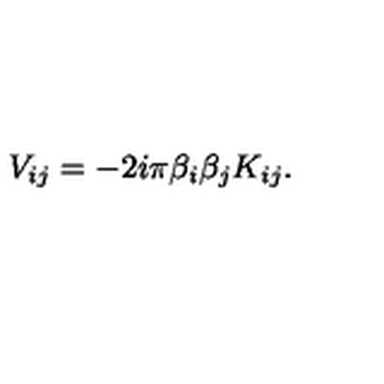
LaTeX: V _ { i j } = - 2 i \pi \beta _ { i } \beta _ { j } K _ { i j } .